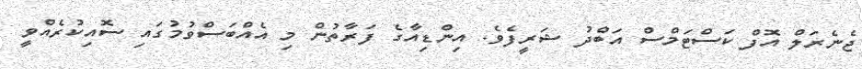
ޖެނެރަލް އޮފް ކަސްޓަމްސް އަބްދު ޝަރީފެވެ. އިންޑިއާގެ ފަރާތުން މި އެއްބަސްވުމުގައި ސޮއިކުރެއްވީ